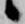
候